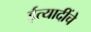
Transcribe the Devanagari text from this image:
ईत्यादींचे